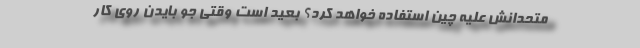
متحدانش علیه چین استفاده خواهد کرد؟ بعید است وقتی جو بایدن روی کار